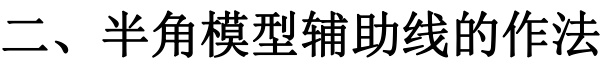
二、半角模型辅助线的作法